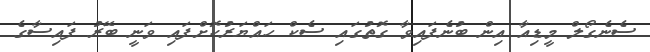
ސެނެގޯލް މީޑިއާ އިން ބުނެފައިވާ ގޮތުގައި ސެކް ހައްޔަރުކޮށްފައި ވަނީ ބޭރު ފައިސާގެ